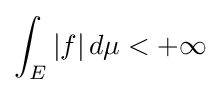
\int _{E}|f|\,d\mu <+\infty